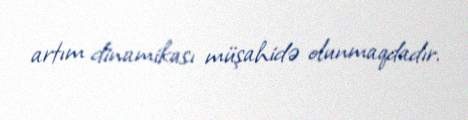
artım dinamikası müşahidə olunmaqdadır.